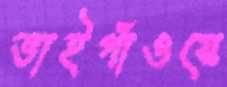
ভাইগাঁওয়ে